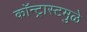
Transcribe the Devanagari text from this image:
कॉन्ट्रास्टमुळे